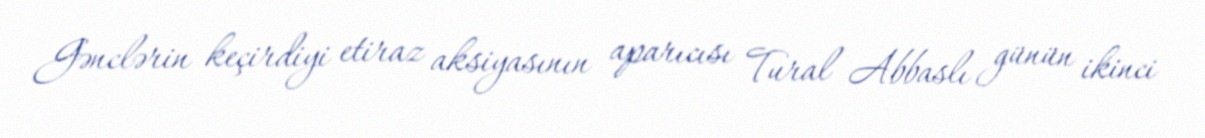
Gənclərin keçirdiyi etiraz aksiyasının aparıcısı Tural Abbaslı günün ikinci